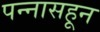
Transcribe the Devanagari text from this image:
पन्‍नासहून